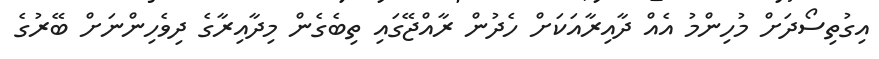
އިގުތިސޯދަށް މުހިންމު އެއް ދާއިރާއަކަށް ހެދުން ރާއްޖޭގައި ތިބެގެން މިދާއިރާގެ ދިވެހިންނަށް ބޭރުގެ